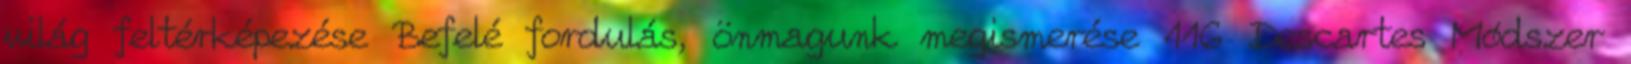
világ feltérképezése Befelé fordulás, önmagunk megismerése 116 Descartes Módszer